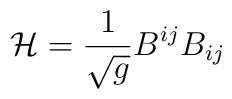
{\cal H} = \frac{1}{\sqrt{g}} B^{ij} B_{ij}